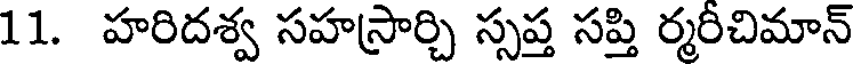
11. హరిదశ్వ సహస్రార్చి స్సప్త సప్తి ర్మరిచిమాన్